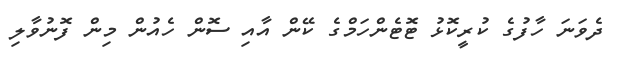
ދެވަނަ ހާފުގެ ކުރީކޮޅު ޓޮޓެންހަމްގެ ކޭން އާއި ސޮން ހެއުން މިން ފޮނުވާލި